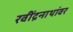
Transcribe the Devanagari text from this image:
रवींद्रनाथांवर